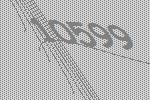
10599